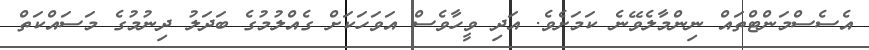
އެސެސްމަންޓްތައް ނިންމާލެވޭނެ ކަމަށެވެ. އަދި ވީހާވެސް އަވަހަކަށް ގެއްލުމުގެ ބަދަލު ދިނުމުގެ މަސައްކަތް